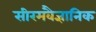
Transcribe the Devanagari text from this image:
सीरमवैज्ञानिक